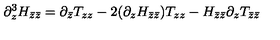
\partial _ { z } ^ { 3 } H _ { \bar { z } \bar { z } } = \partial _ { \bar { z } } T _ { z z } - 2 ( \partial _ { z } H _ { \bar { z } \bar { z } } ) T _ { z z } - H _ { \bar { z } \bar { z } } \partial _ { z } T _ { \bar { z } \bar { z } }